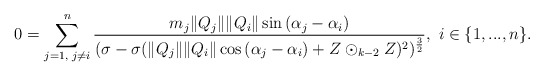
\begin{align*} 0=\sum\limits_{j=1,\textrm{ }j\neq i}^{n}\frac{m_{j}\|Q_{j}\|\|Q_{i}\|\sin{(\alpha_{j}-\alpha_{i})}}{(\sigma-\sigma(\|Q_{j}\|\|Q_{i}\|\cos{(\alpha_{j}-\alpha_{i})}+Z\odot_{k-2}Z)^{2})^{\frac{3}{2}}},\textrm{ }i\in\{1,...,n\}. \end{align*}